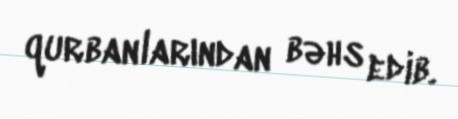
qurbanlarından bəhs edib.